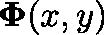
\mathbf { \Phi } ( x , y )